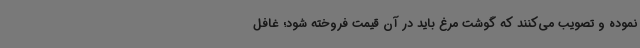
نموده و تصویب می‌کنند که گوشت مرغ باید در آن قیمت فروخته شود؛ غافل